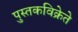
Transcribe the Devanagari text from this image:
पुस्तकविक्रेते